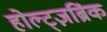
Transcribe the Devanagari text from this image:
होल्ट्ज़ब्रिंक